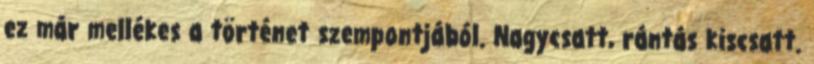
ez már mellékes a történet szempontjából. Nagycsatt, rántás kiscsatt.